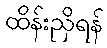
ထိန်းညှိရန်